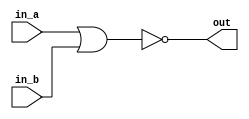
`timescale 1ns/1ns

module NOR (
    input in_a, in_b,
    output out 
);
    nor(out, in_a, in_b);    

endmodule

module NOR_tb;
    reg in_a = 1'b0;
    reg in_b = 1'b0;
    wire out;

    NOR h1 (
        .in_a(in_a),
        .in_b(in_b),
        .out(out)
    );


    initial
    begin
        $dumpfile("nor.vcd");
        $dumpvars(0, NOR_tb);
    end

    initial
    begin
        in_a = 1'b0;
        in_b = 1'b0;
        #10;
        in_a = 1'b1;
        in_b = 1'b0;
        #10;
        in_a = 1'b0;
        in_b = 1'b1;
        #10;
        in_a = 1'b1;
        in_b = 1'b1;
        #10;
    end
    
    initial
    begin
        $monitor("A = %d\tB = %d\tNor = %d\t", in_a, in_b, out);
    end
endmodule